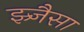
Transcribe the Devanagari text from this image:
झ्र्जैसा